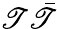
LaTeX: \mathscr{T}\bar{{\mathscr{T}}}